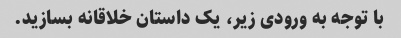
با توجه به ورودی زیر، یک داستان خلاقانه بسازید.